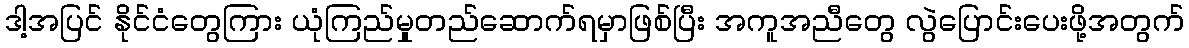
ဒါ့အပြင် နိုင်ငံတွေကြား ယုံကြည်မှုတည်ဆောက်ရမှာဖြစ်ပြီး အကူအညီတွေ လွဲပြောင်းပေးဖို့အတွက်